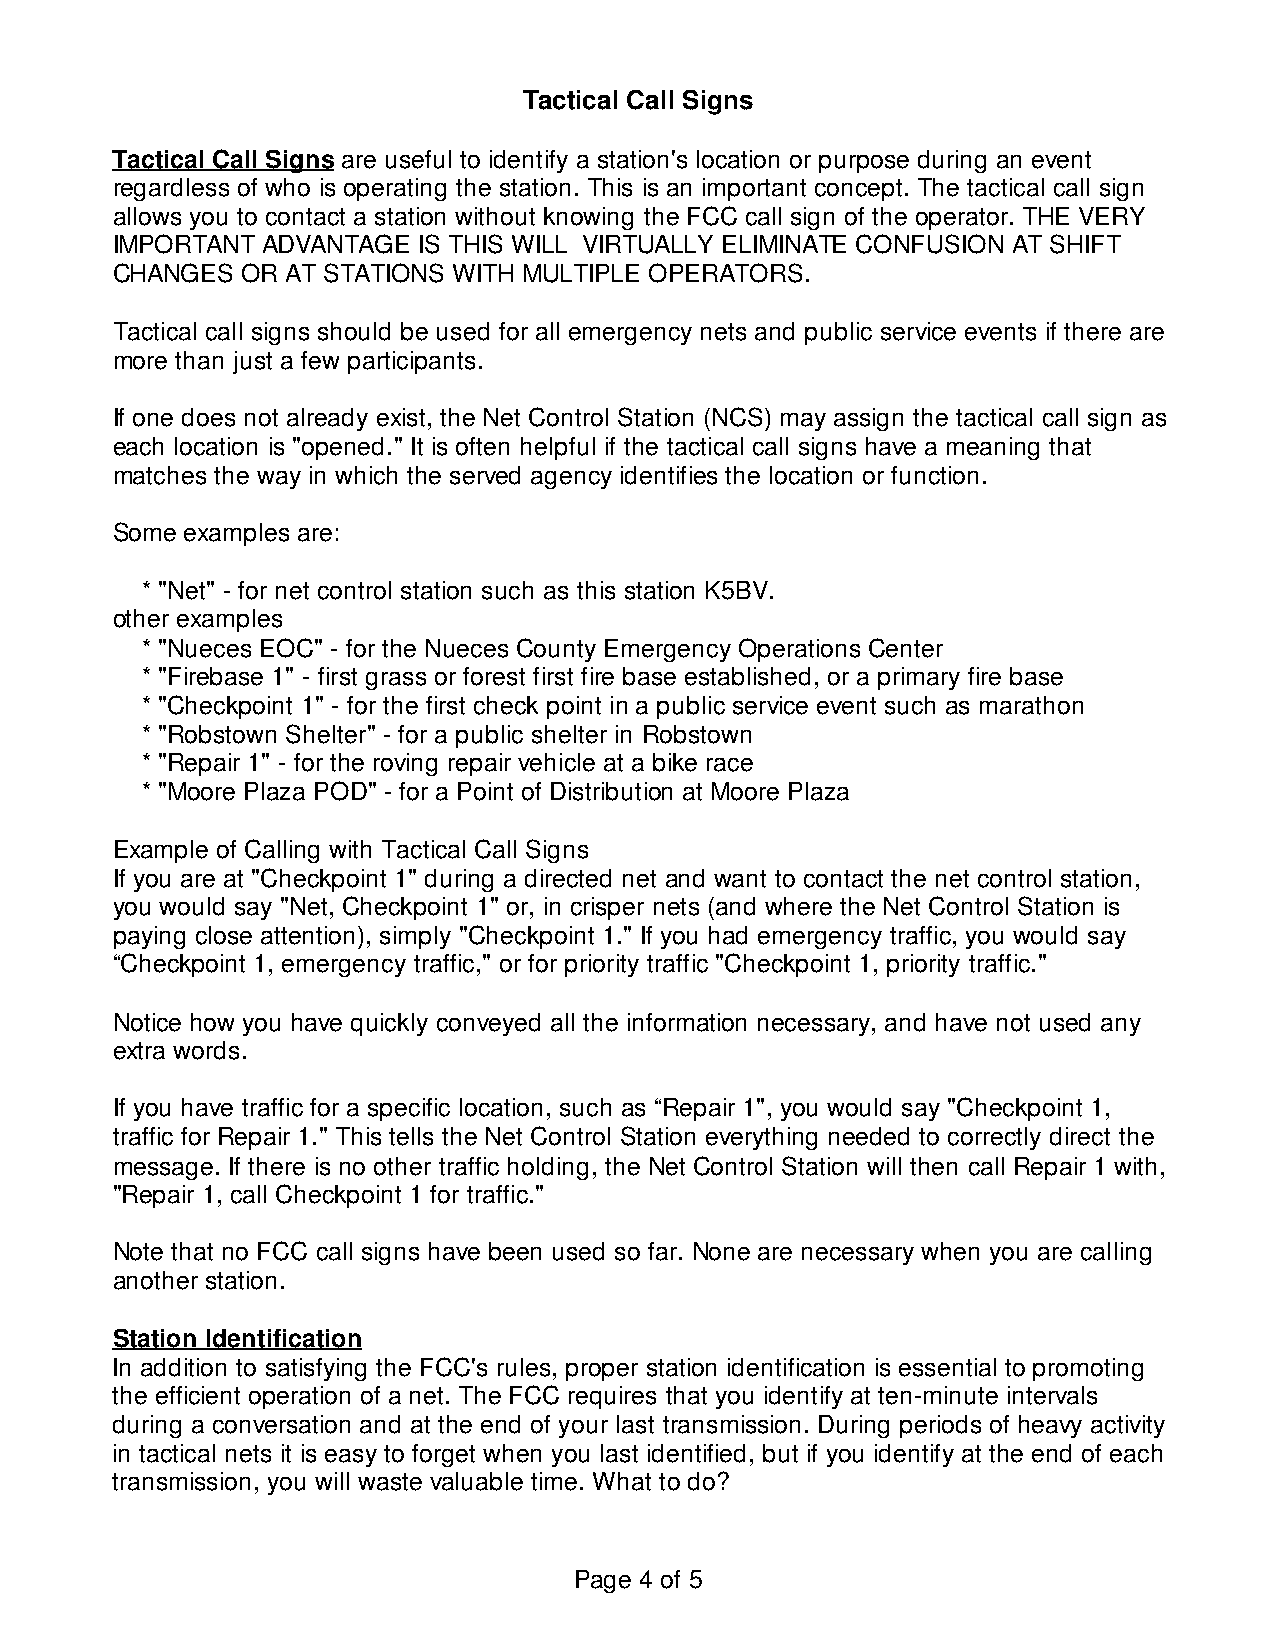
Tactical Call Signs
 Tactical Call Signs are useful to identify a station's location or purpose during an event
 regardless of who is operating the station. This is an important concept. The tactical call sign
 allows you to contact a station without knowing the FCC call sign of the operator. THE VERY
 IMPORTANT ADVANTAGE  IS THIS WILL VIRTUALLY ELIMINATE CONFUSION AT SHIFT
 CHANGES  OR AT STATIONS WITH MULTIPLE OPERATORS.
 Tactical call signs should be used for all emergency nets and public service events if there are
 more than just a few participants.
 If one does not already exist, the Net Control Station (NCS) may assign the tactical call sign as
 each location is "opened." It is often helpful if the tactical call signs have a meaning that
 matches the way in which the served agency identifies the location or function.
 Some examples are:
 * "Net" - for net control station such as this station K5BV.
 other examples
 * "Nueces EOC" - for the Nueces County Emergency Operations Center
 * "Firebase 1" - first grass or forest first fire base established, or a primary fire base
 * "Checkpoint 1" - for the first check point in a public service event such as marathon
 * "Robstown Shelter" - for a public shelter in Robstown
 * "Repair 1" - for the roving repair vehicle at a bike race
 * "Moore Plaza POD" - for a Point of Distribution at Moore Plaza
 Example of Calling with Tactical Call Signs
 If you are at "Checkpoint 1" during a directed net and want to contact the net control station,
 you would say "Net, Checkpoint 1" or, in crisper nets (and where the Net Control Station is
 paying close attention), simply "Checkpoint 1." If you had emergency traffic, you would say
 “Checkpoint 1, emergency traffic," or for priority traffic "Checkpoint 1, priority traffic."
 Notice how you have quickly conveyed all the information necessary, and have not used any
 extra words.
 If you have traffic for a specific location, such as “Repair 1", you would say "Checkpoint 1,
 traffic for Repair 1." This tells the Net Control Station everything needed to correctly direct the
 message. If there is no other traffic holding, the Net Control Station will then call Repair 1 with,
 "Repair 1, call Checkpoint 1 for traffic."
 Note that no FCC call signs have been used so far. None are necessary when you are calling
 another station.
 Station Identification
 In addition to satisfying the FCC's rules, proper station identification is essential to promoting
 the efficient operation of a net. The FCC requires that you identify at ten-minute intervals
 during a conversation and at the end of your last transmission. During periods of heavy activity
 in tactical nets it is easy to forget when you last identified, but if you identify at the end of each
 transmission, you will waste valuable time. What to do?
 Page 4 of 5